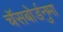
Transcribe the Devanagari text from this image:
चॅसबोर्डनुमा